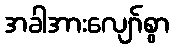
အခါအားလျော်စွာ